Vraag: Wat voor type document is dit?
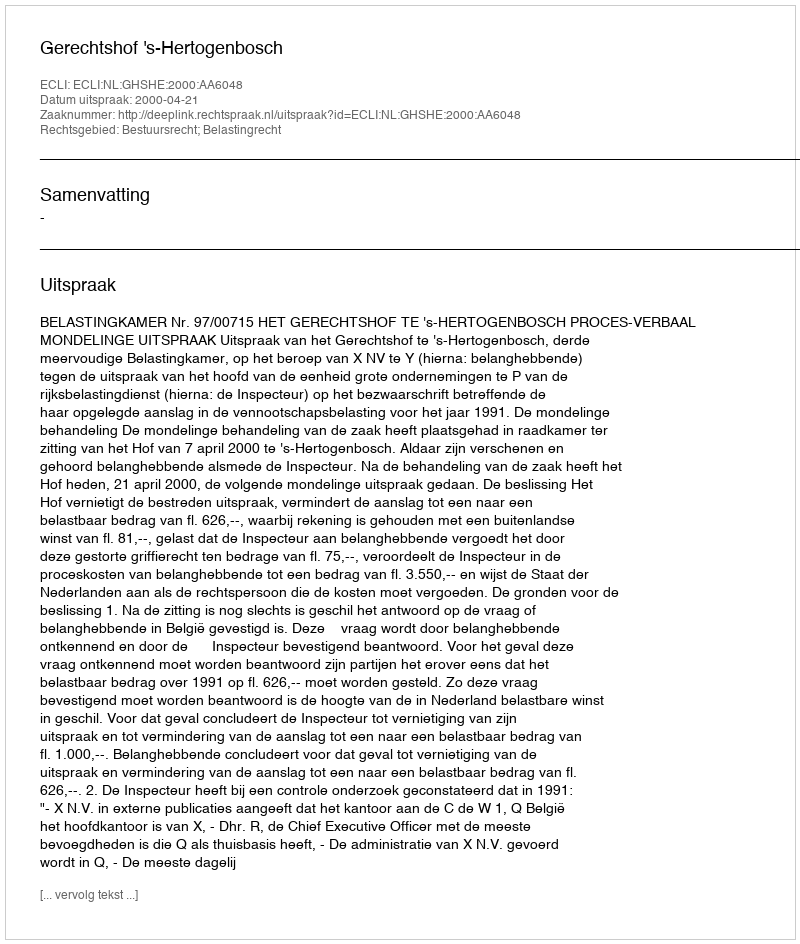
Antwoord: Uitspraak